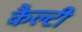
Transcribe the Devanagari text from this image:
कैल्टी